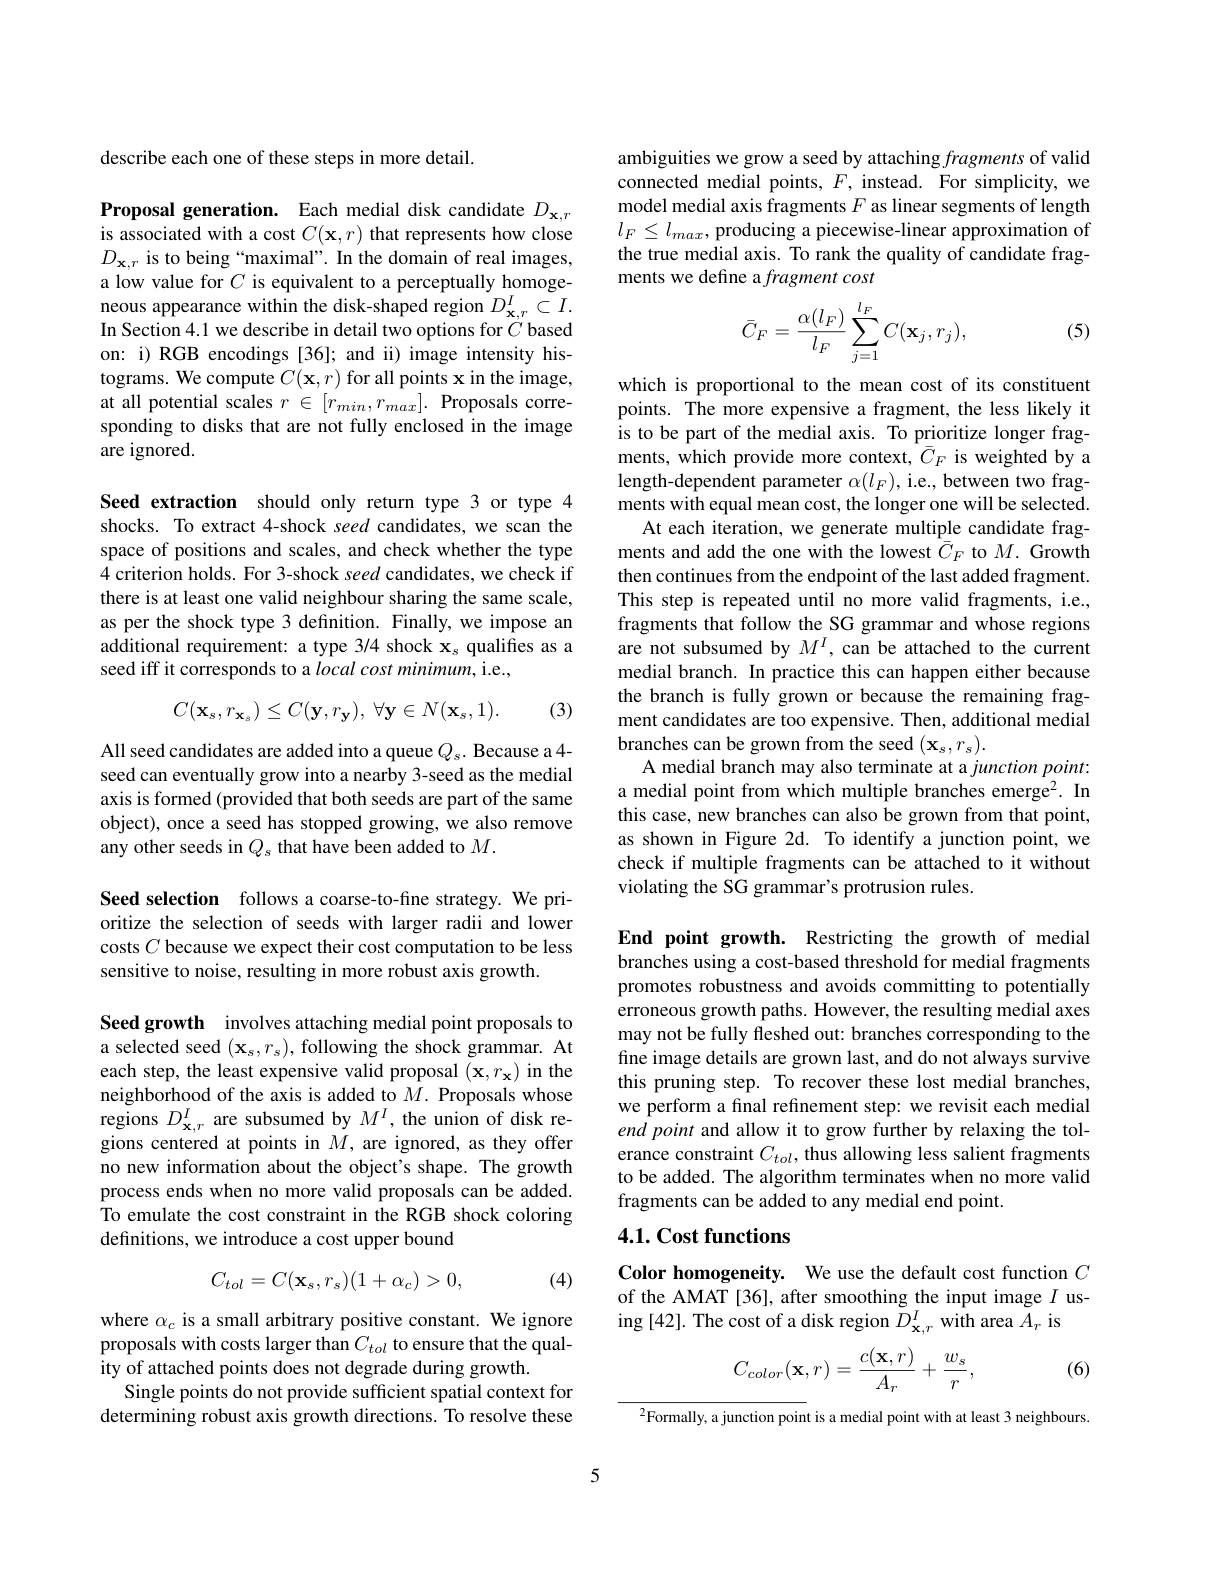
describe each one of these steps in more detail.

Proposal generation. Each medial disk candidate $D_\mathbf{x},r$ is associated with a cost $C(\mathbf{x},r)$ that represents how close $D_{\mathbf{x},r}$ is to being “maximal”. In the domain of real images, a low value for $C$ is equivalent to a perceptually homogeneous appearance within the disk-shaped region $D_{\mathbf{x},r}^{I}\subset I.$ In Section 4.1 we describe in detail two options for $C$ based on: i) RGB encodings [36]; and ii) image intensity histograms. We compute $C(\mathbf{x},r)$ for all points x in the image, at all potential scales $r\in[r_min,r_{max}].$ Proposals corresponding to disks that are not fully enclosed in the image are ignored.

Seed extraction should only return type 3 or type 4 shocks. To extract 4-shock seed candidates, we scan the space of positions and scales, and check whether the type 4 criterion holds. For 3-shock seed candidates, we check if there is at least one valid neighbour sharing the same scale, as per the shock type 3 definition. Finally, we impose an additional requirement: a type 3/4 shock $\mathbf{x}_s$ qualifies as a seed iff it corresponds to a local cost minimum, i.e.,
$$C(\mathbf{x}_{s},r_{\mathbf{x}_{s}})\leq C(\mathbf{y},r_{\mathbf{y}}),\:\forall\mathbf{y}\in N(\mathbf{x}_{s},1).$$
(3)

All seed candidates are added into a queue $Q_s.$ Because a 4- seed can eventually grow into a nearby 3-seed as the medial axis is formed (provided that both seeds are part of the same object), once a seed has stopped growing, we also remove any other seeds in $Q_s$ that have been added to $M.$

Seed selection follows a coarse-to-fine strategy. We prioritize the selection of seeds with larger radii and lower costs $C$ because we expect their cost computation to be less sensitive to noise, resulting in more robust axis growth.

Seed growth involves attaching medial point proposals to a selected seed $(\mathbf{x}_{s},r_{s})$, following the shock grammar. At each step, the least expensive valid proposal $(\mathbf{x},r_{\mathbf{x}})$ in the neighborhood of the axis is added to $M.$ Proposals whose regions $D_{\mathbf{x},r}^I$ are subsumed by $M^I$, the union of disk regions centered at points in $M$, are ignored, as they offer no new information about the object's shape. The growth process ends when no more valid proposals can be added. To emulate the cost constraint in the RGB shock coloring definitions, we introduce a cost upper bound
$$C_{tol}=C(\mathbf{x}_{s},r_{s})(1+\alpha_{c})>0,$$
(4)

where $\alpha_c$ is a small arbitrary positive constant. We ignore proposals with costs larger than $C_{tol}$ to ensure that the quality of attached points does not degrade during growth.
Single points do not provide sufficient spatial context for determining robust axis growth directions. To resolve these

ambiguities we grow a seed by attaching fragments of valid connected medial points, $F$, instead. For simplicity, we model medial axis fragments $F$ as linear segments of length $l_F\leq l_{max}$, producing a piecewise-linear approximation of the true medial axis. To rank the quality of candidate fragments we define a fragment cost
$$\bar C_F=\frac{\alpha(l_F)}{l_F}\sum_{j=1}^{l_F}C(\mathbf{x}_j,r_j),$$
(5)

which is proportional to the mean cost of its constituent points. The more expensive a fragment, the less likely it is to be part of the medial axis. To prioritize longer fragments, which provide more context, $\bar{C}_F$ is weighted by a length-dependent parameter $\alpha(l_F)$,i.e., between two fragments with equal mean cost, the longer one will be selected.
At each iteration, we generate multiple candidate fragments and add the one with the lowest $\bar{C}_F$ to $M.$ Growth then continues from the endpoint of the last added fragment. This step is repeated until no more valid fragments, i.e., fragments that follow the SG grammar and whose regions are not subsumed by $M^I$, can be attached to the current medial branch. In practice this can happen either because the branch is fully grown or because the remaining fragment candidates are too expensive. Then, additional medial branches can be grown from the seed $(\mathbf{x}_{s},r_{s}).$
A medial branch may also terminate at a junction point: a medial point from which multiple branches emerge$^{2}.$ In this case, new branches can also be grown from that point, as shown in Figure 2d. To identify a junction point, we check if multiple fragments can be attached to it without violating the SG grammar's protrusion rules.

End point growth. Restricting the growth of medial branches using a cost-based threshold for medial fragments promotes robustness and avoids committing to potentially erroneous growth paths. However, the resulting medial axes may not be fully fleshed out: branches corresponding to the fine image details are grown last, and do not always survive this pruning step. To recover these lost medial branches, we perform a final refinement step: we revisit each medial end point and allow it to grow further by relaxing the tolerance constraint $C_{tol}$, thus allowing less salient fragments to be added. The algorithm terminates when no more valid fragments can be added to any medial end point.

# 4.1. Cost functions

Color homogeneity. We use the default cost function $C$ of the AMAT [36], after smoothing the input image $I$ using [42]. The cost of a disk region $\tilde{D}_{\mathbf{x},r}^{I}$ with area $\tilde{A}_{r}$ is
$$C_{color}(\mathbf{x},r)=\frac{c(\mathbf{x},r)}{A_r}+\frac{w_s}{r},$$
(6)

neighbours.

$^{2}$Formally, a junction point is a medial point with at least

5